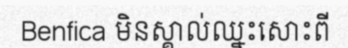
Benfica មិនស្គាល់ឈ្នះសោះពី